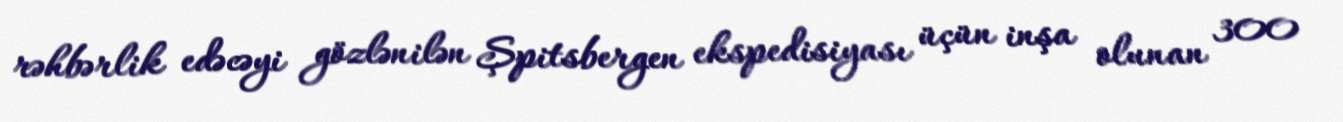
rəhbərlik edəcəyi gözlənilən Şpitsbergen ekspedisiyası üçün inşa olunan 300